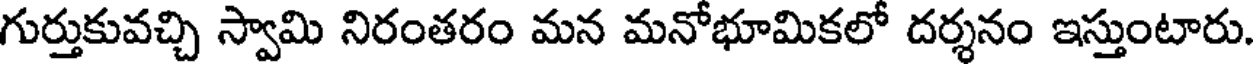
గుర్తుకువచ్చి స్వామి నిరంతరం మన మనోభూమికలో దర్శనం ఇస్తుంటారు.